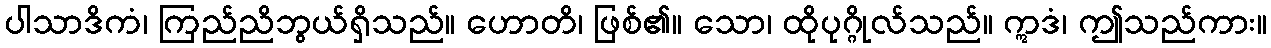
ပါသာဒိကံ၊ ကြည်ညိဘွယ်ရှိသည်။ ဟောတိ၊ ဖြစ်၏။ သော၊ ထိုပုဂ္ဂိုလ်သည်။ ဣဒံ၊ ဤသည်ကား။